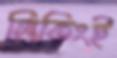
লিকিংই